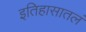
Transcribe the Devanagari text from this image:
इतिहासातलं